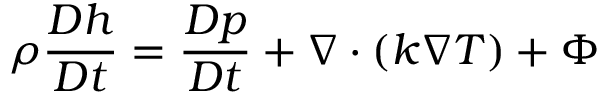
\ \rho { \frac { D h } { D t } } = { \frac { D p } { D t } } + \nabla \cdot \left( k \nabla T \right) + \Phi